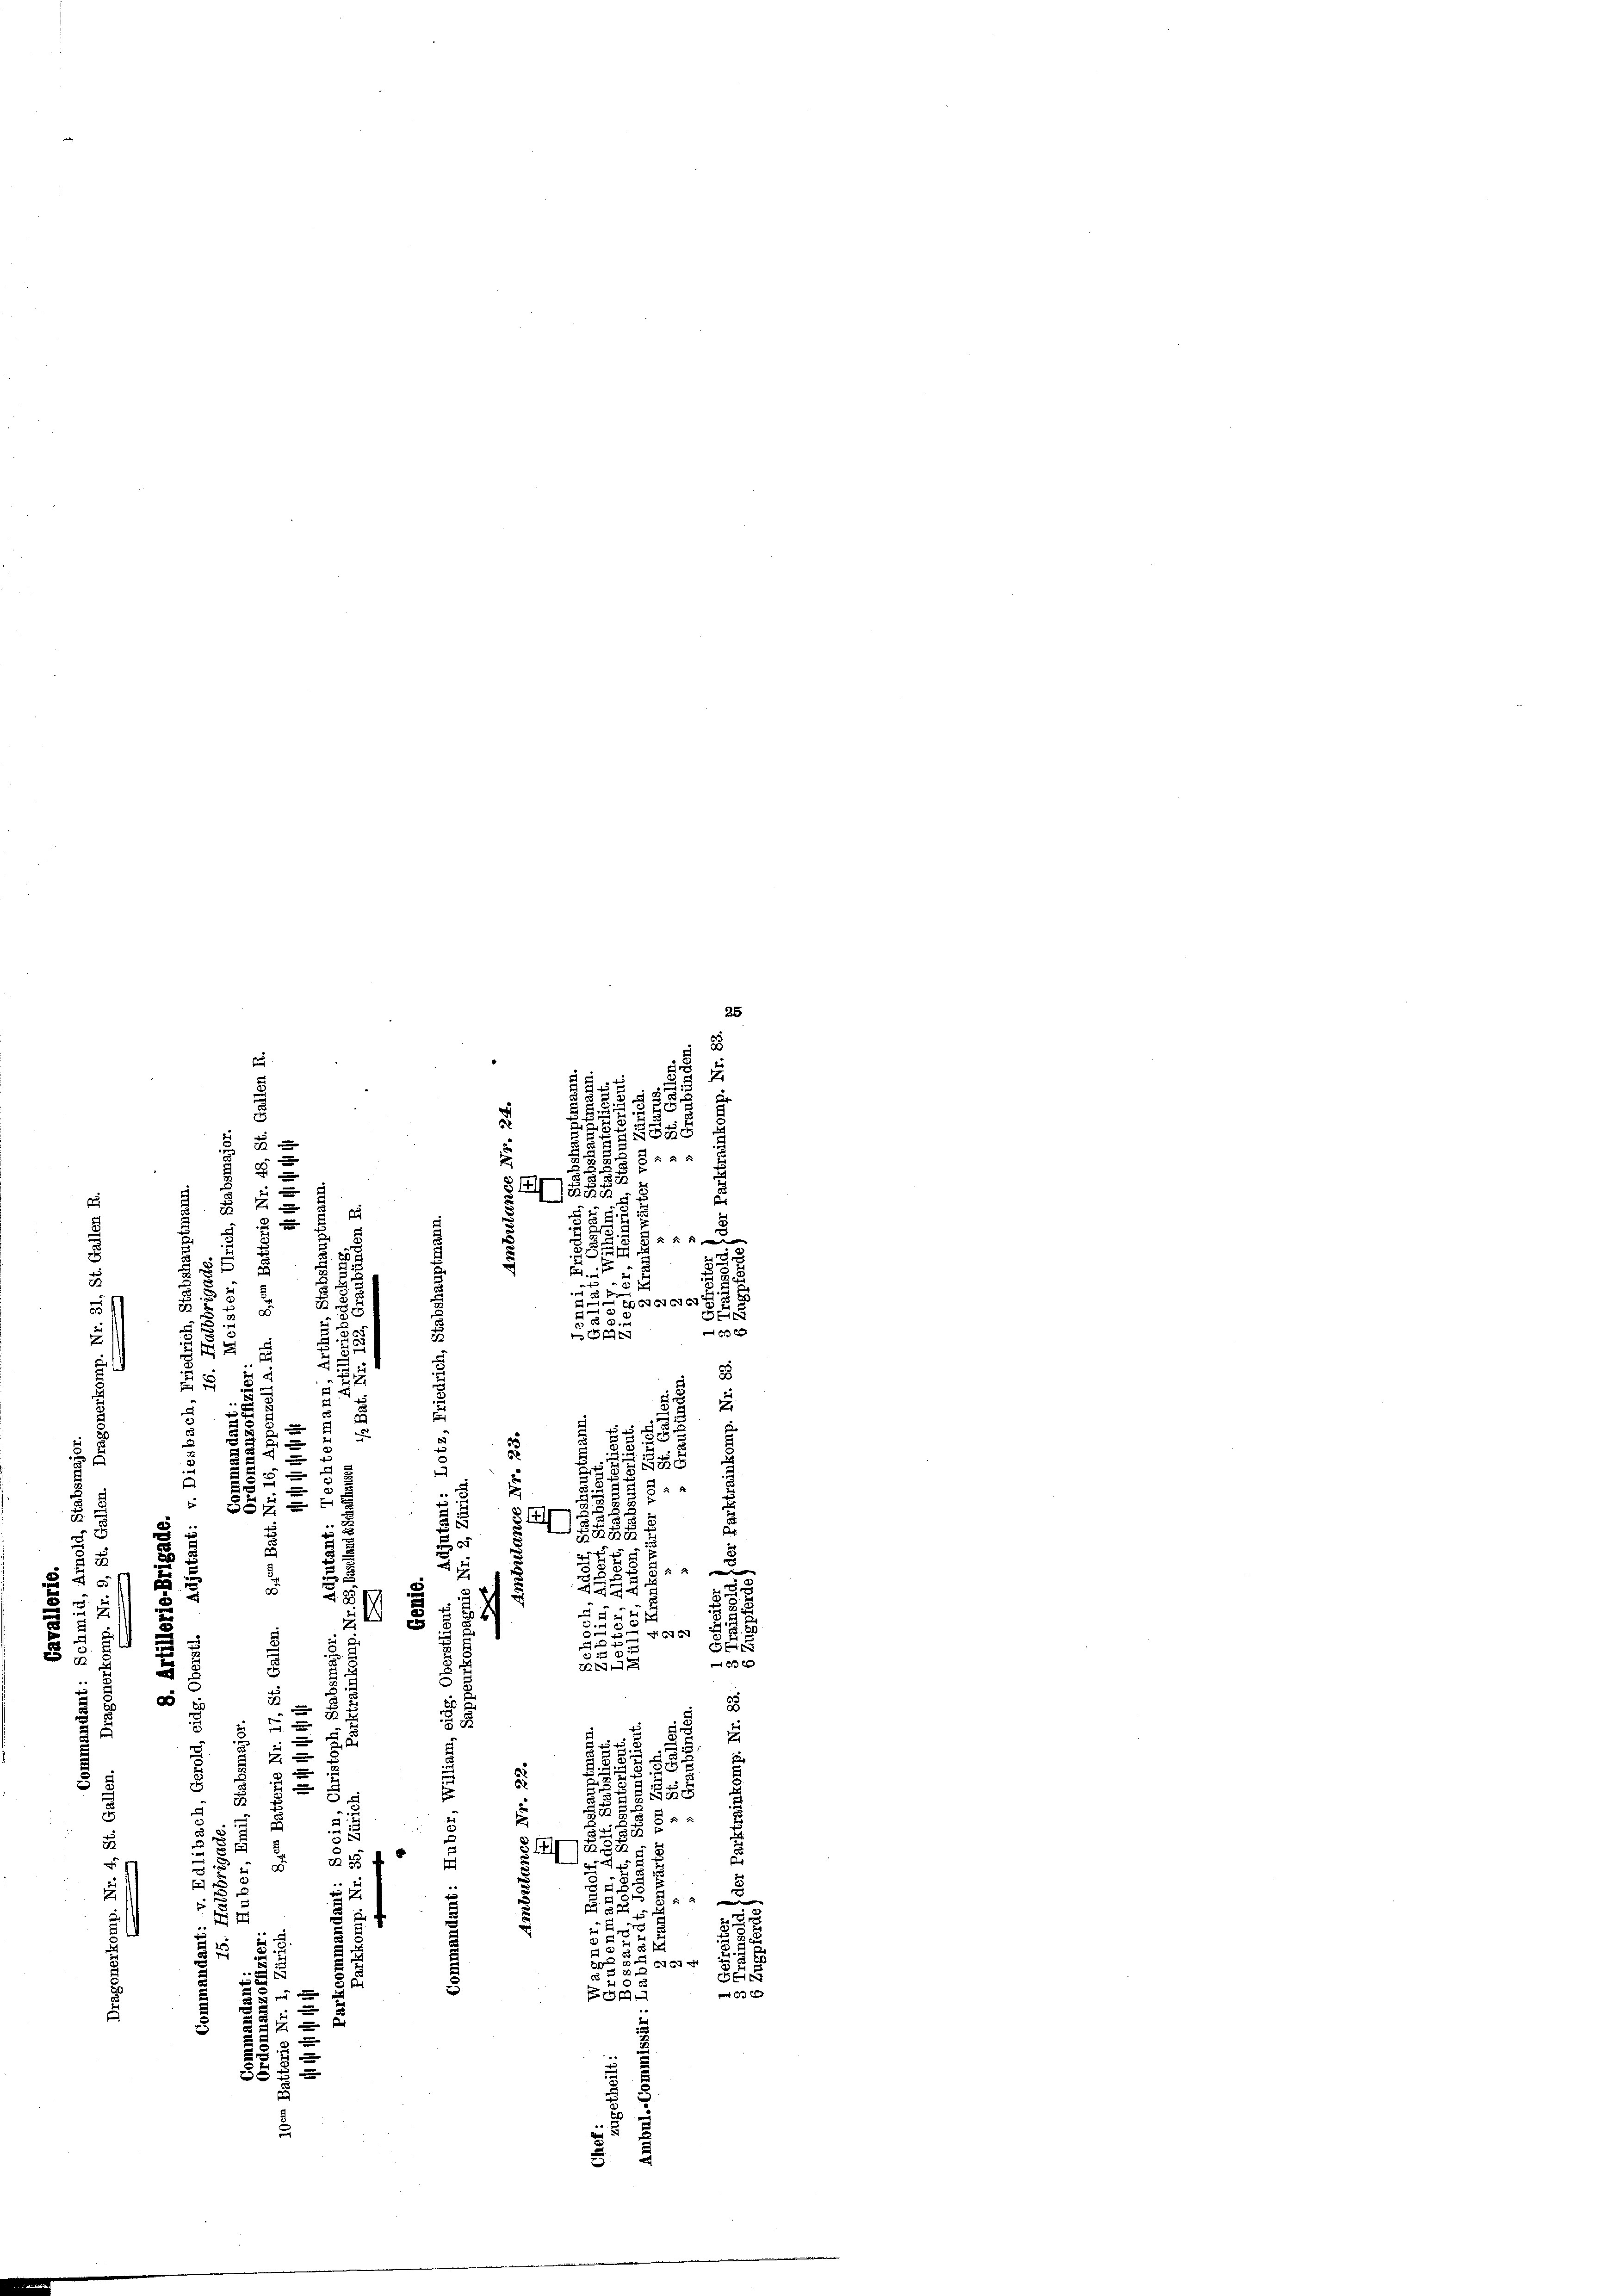
25
B

 x
86

2
1
B
d
2
u
12
5
d
u
82
.
u
e
.

s

2
.
e
.
.
u
.
8
.
¬
Facerete
5
5
22
e
8
.
.
i
 20 x
n
3
u
u

 12
g
¬
“
8
e

2
.
u
¬
S
e
u
d
u

.
u
 1588
8
.

5
5. u
3
5
2
r
u
2
x
u
55

2
u
2

§ 2
e
2
t
8
254
e
u
u

4
1
5
2
5
2
.
676

S
.
52.

x
2
7
2
.

8
8
.
2

r
d
e
u
.
3
f x

2
x
5

t
8
x
s
i
5 x 4

u
3
u
3
5
 8
.
14
g
.
22 x
u
.
2
u
e
u
25

515

.

a dass 52
8
5

7
.

1 f 0 x
5
3
x
52
 x
8
.
2

2
e
 x
8
e
5
.
.

2
2